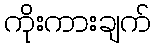
ကိုးကားချက်